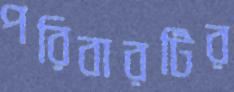
পরিবারটির